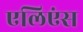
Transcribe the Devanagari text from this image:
एलिएंस